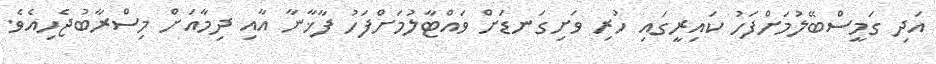
އަދި ގަމީސްބޭލުމަށްފަހު ކައިރީގައި ހުރި ވަށިގަނޑަށް ވައްޓާލުމަށްފަހު ފާޚާނާ އާއި ދިމާއަށް މިސްރާބުޖެހިއެވެ.